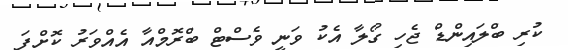
ކުރި ބްލައިންޑް ޖެހި ގޯލާ އެކު ވަނީ ވެސްޓް ބްރޮމްއާ އެއްވަރު ކޮށްފަ